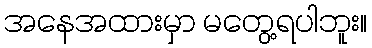
အနေအထားမှာ မတွေ့ရပါဘူး။